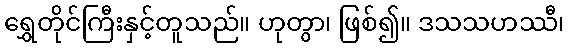
ရွှေတိုင်ကြီးနှင့်တူသည်။ ဟုတွာ၊ ဖြစ်၍။ ဒသသဟဿီ၊